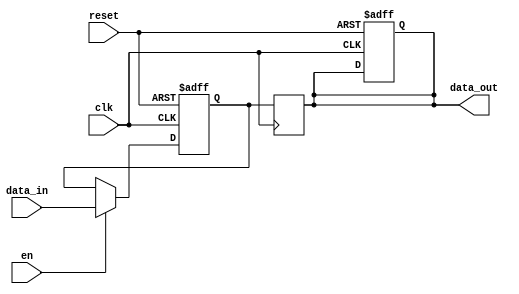
module PipelineBuffer #(
    parameter WIDTH = 8  // Parameter to define the width of the buffer
)(
    input wire clk,       // Clock signal
    input wire reset,     // Reset signal
    input wire en,        // Enable signal
    input wire [WIDTH-1:0] data_in,  // Input data
    output reg [WIDTH-1:0] data_out   // Output data
);

    // Internal register to hold the data
    reg [WIDTH-1:0] buffer;

    // Sequential logic for the buffer
    always @(posedge clk or posedge reset) begin
        if (reset) begin
            // Reset the buffer to zero
            buffer <= {WIDTH{1'b0}};
            data_out <= {WIDTH{1'b0}};
        end else if (en) begin
            // Load data into the buffer when enabled
            buffer <= data_in;
        end
    end

    // Combinational logic to output the buffer data
    always @(posedge clk) begin
        data_out <= buffer;  // Propagate the buffered data to output
    end

endmodule